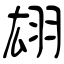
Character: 翃